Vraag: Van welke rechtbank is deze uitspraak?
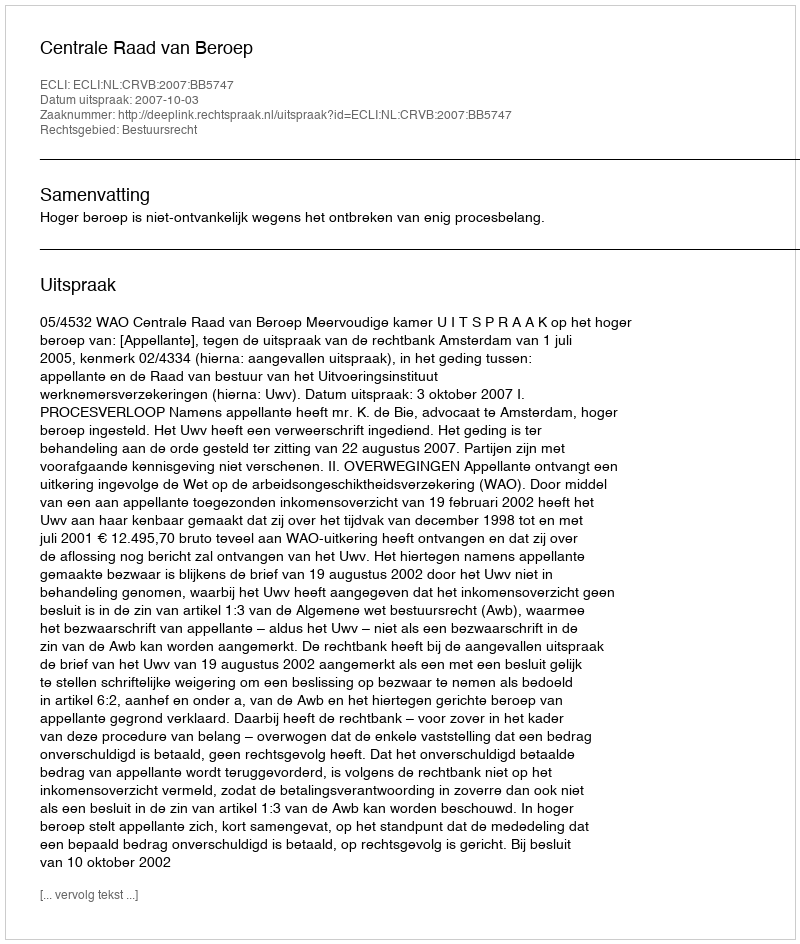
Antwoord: Centrale Raad van Beroep